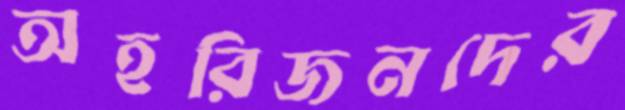
অহরিজনদের